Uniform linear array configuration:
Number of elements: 16
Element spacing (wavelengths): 0.25
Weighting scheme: binomial
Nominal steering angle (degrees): -15
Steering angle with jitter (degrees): -14.172
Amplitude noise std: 0.05
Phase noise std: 0.05

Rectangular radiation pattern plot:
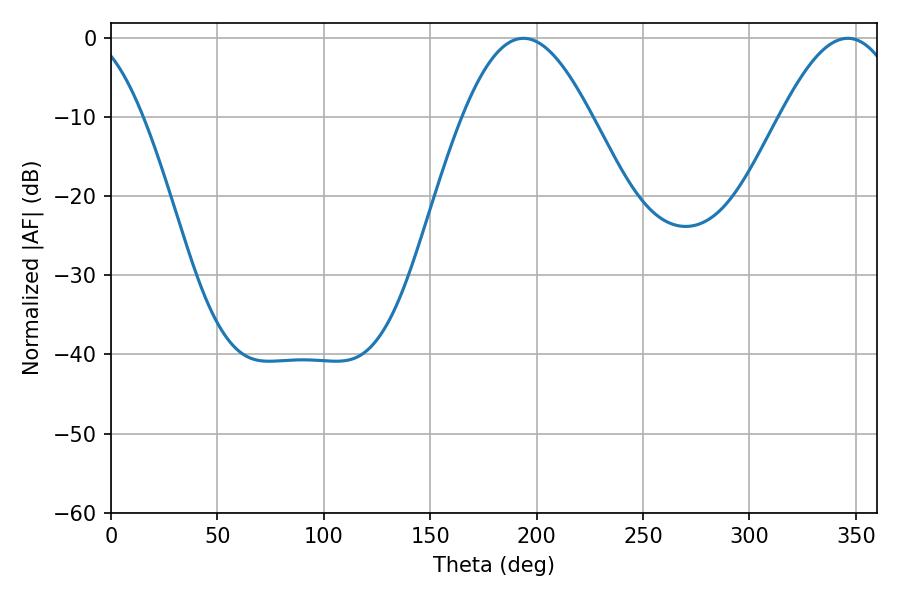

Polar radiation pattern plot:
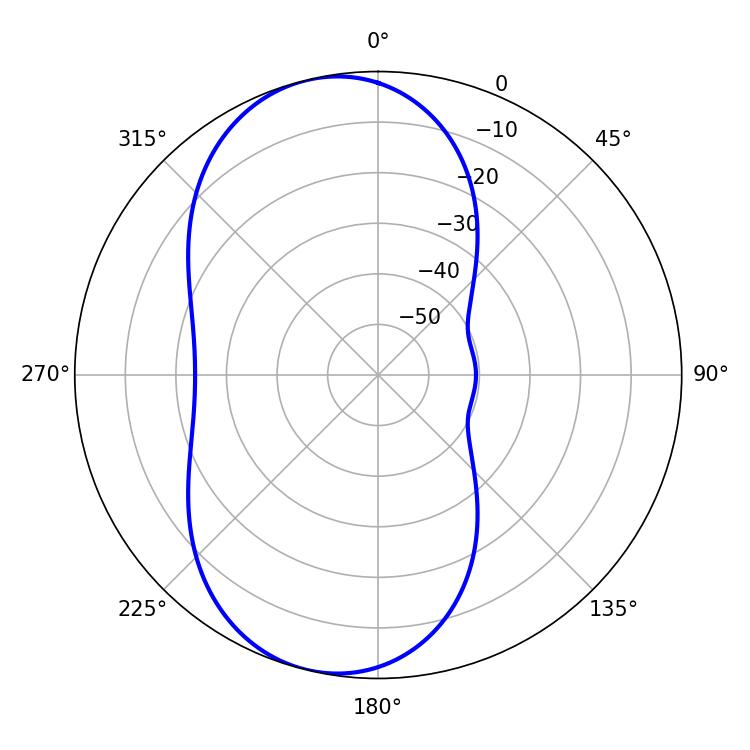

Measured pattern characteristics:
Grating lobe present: FALSE
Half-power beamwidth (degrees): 32.58
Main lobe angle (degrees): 193.86